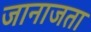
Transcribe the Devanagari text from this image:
जानाजता